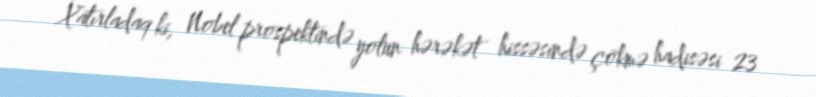
Xatırladaq ki, Nobel prospektində yolun hərəkət hissəsində çökmə hadisəsi 23